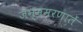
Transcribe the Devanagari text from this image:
जन्ममरणातें